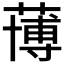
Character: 𮑀